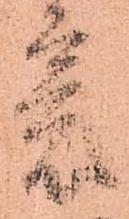
意